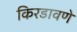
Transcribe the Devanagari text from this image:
किरडावणे